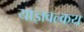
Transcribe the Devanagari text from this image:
याज्ञवल्कय